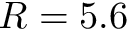
R = 5 . 6